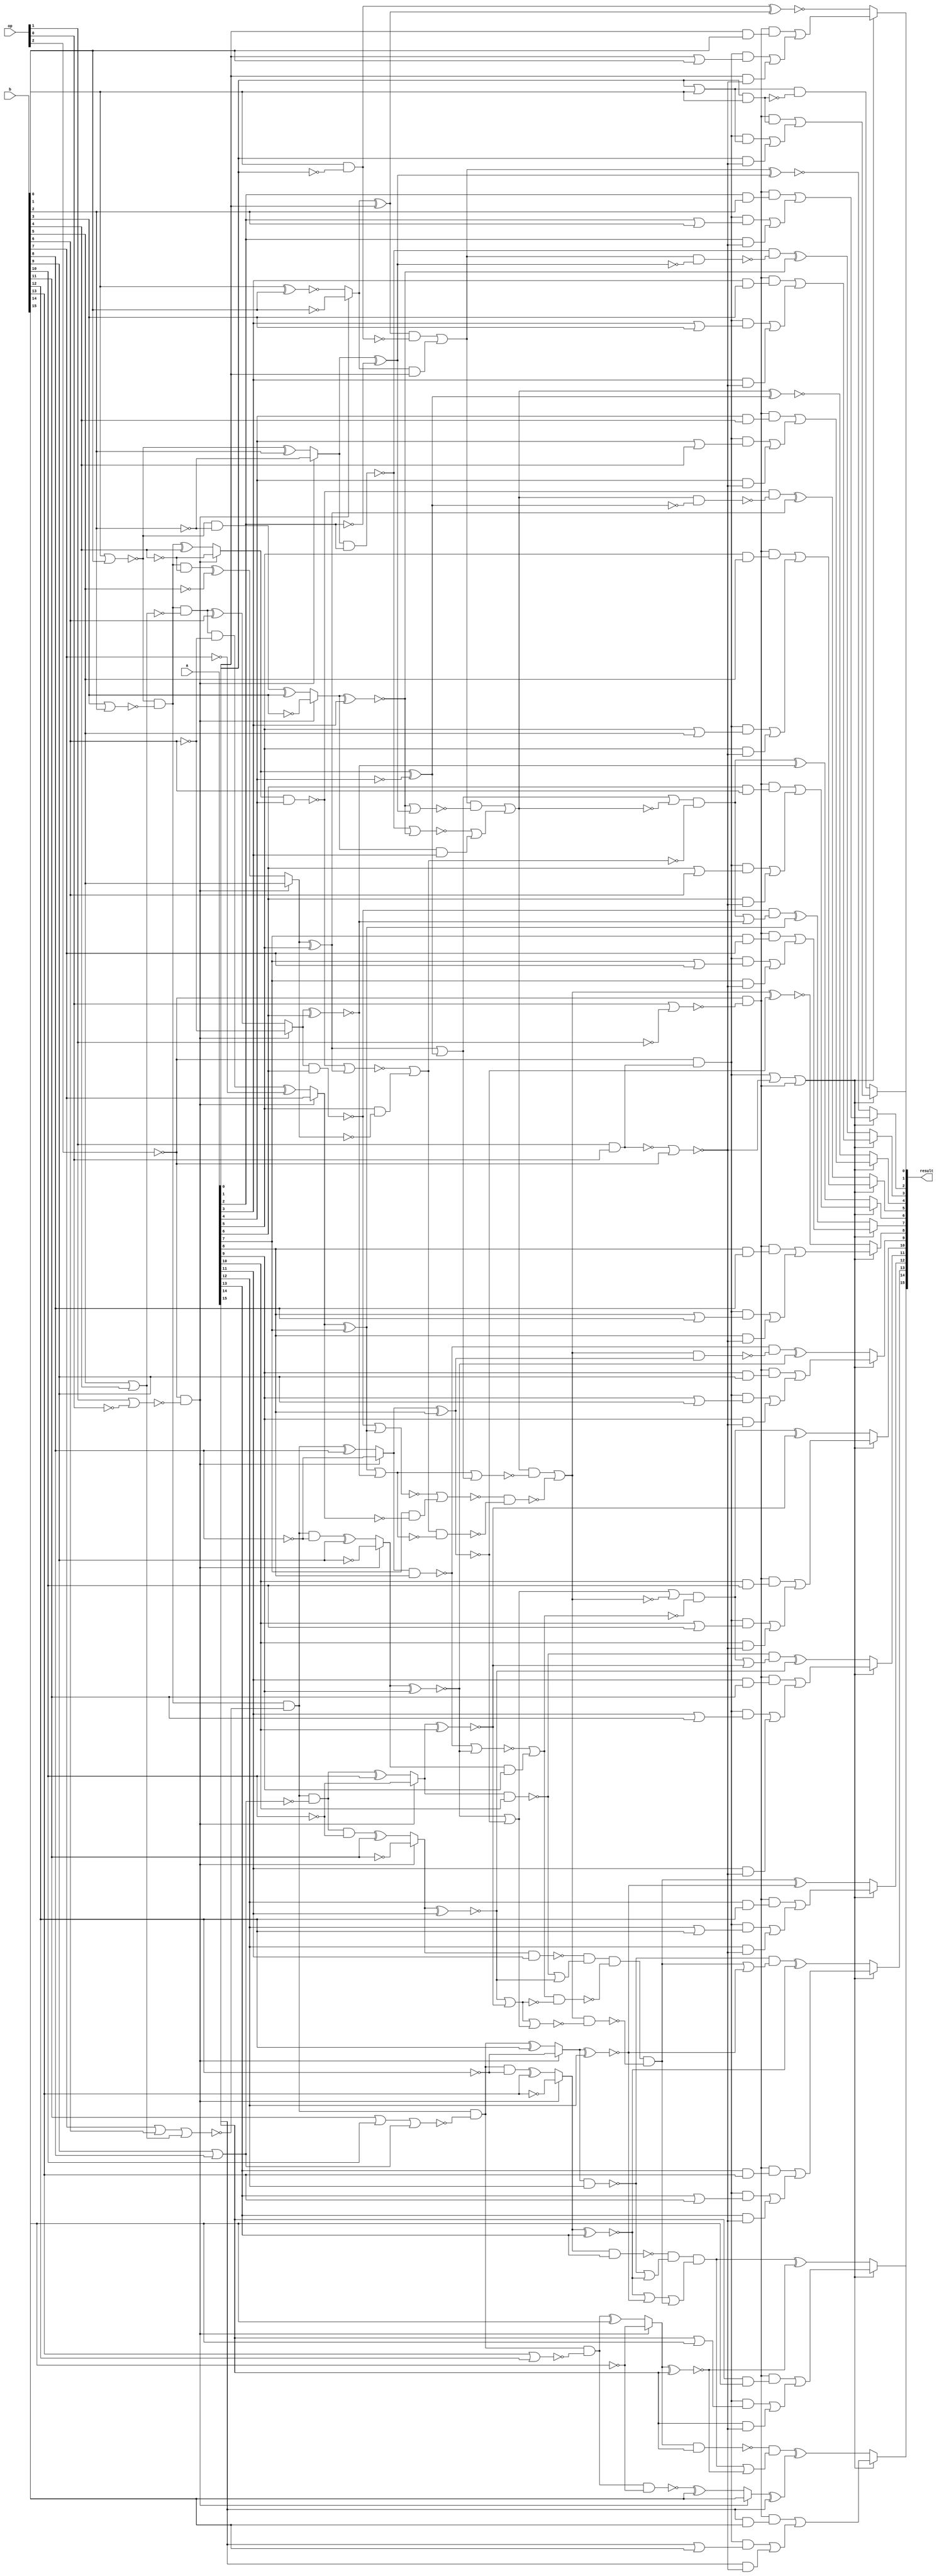
/* Generated by Yosys 0.9+4081 (git sha1 8cfed1a9, gcc 9.3.0-17ubuntu1~20.04 -fPIC -Os) */

(* src = "alu.v:1.1-13.10" *)
module alu(a, b, op, result);
  wire _000_;
  wire _001_;
  wire _002_;
  wire _003_;
  wire _004_;
  wire _005_;
  wire _006_;
  wire _007_;
  wire _008_;
  wire _009_;
  wire _010_;
  wire _011_;
  wire _012_;
  wire _013_;
  wire _014_;
  wire _015_;
  wire _016_;
  wire _017_;
  wire _018_;
  wire _019_;
  wire _020_;
  wire _021_;
  wire _022_;
  wire _023_;
  wire _024_;
  wire _025_;
  wire _026_;
  wire _027_;
  wire _028_;
  wire _029_;
  wire _030_;
  wire _031_;
  wire _032_;
  wire _033_;
  wire _034_;
  wire _035_;
  wire _036_;
  wire _037_;
  wire _038_;
  wire _039_;
  wire _040_;
  wire _041_;
  wire _042_;
  wire _043_;
  wire _044_;
  wire _045_;
  wire _046_;
  wire _047_;
  wire _048_;
  wire _049_;
  wire _050_;
  wire _051_;
  wire _052_;
  wire _053_;
  wire _054_;
  wire _055_;
  wire _056_;
  wire _057_;
  wire _058_;
  wire _059_;
  wire _060_;
  wire _061_;
  wire _062_;
  wire _063_;
  wire _064_;
  wire _065_;
  wire _066_;
  wire _067_;
  wire _068_;
  wire _069_;
  wire _070_;
  wire _071_;
  wire _072_;
  wire _073_;
  wire _074_;
  wire _075_;
  wire _076_;
  wire _077_;
  wire _078_;
  wire _079_;
  wire _080_;
  wire _081_;
  wire _082_;
  wire _083_;
  wire _084_;
  wire _085_;
  wire _086_;
  wire _087_;
  wire _088_;
  wire _089_;
  wire _090_;
  wire _091_;
  wire _092_;
  wire _093_;
  wire _094_;
  wire _095_;
  wire _096_;
  wire _097_;
  wire _098_;
  wire _099_;
  wire _100_;
  wire _101_;
  wire _102_;
  wire _103_;
  wire _104_;
  wire _105_;
  wire _106_;
  wire _107_;
  wire _108_;
  wire _109_;
  wire _110_;
  wire _111_;
  wire _112_;
  wire _113_;
  wire _114_;
  wire _115_;
  wire _116_;
  wire _117_;
  wire _118_;
  wire _119_;
  wire _120_;
  wire _121_;
  wire _122_;
  wire _123_;
  wire _124_;
  wire _125_;
  wire _126_;
  wire _127_;
  wire _128_;
  wire _129_;
  wire _130_;
  wire _131_;
  wire _132_;
  wire _133_;
  wire _134_;
  wire _135_;
  wire _136_;
  wire _137_;
  wire _138_;
  wire _139_;
  wire _140_;
  wire _141_;
  wire _142_;
  wire _143_;
  wire _144_;
  wire _145_;
  wire _146_;
  wire _147_;
  wire _148_;
  wire _149_;
  wire _150_;
  wire _151_;
  wire _152_;
  wire _153_;
  wire _154_;
  wire _155_;
  wire _156_;
  wire _157_;
  wire _158_;
  wire _159_;
  wire _160_;
  wire _161_;
  wire _162_;
  wire _163_;
  wire _164_;
  wire _165_;
  wire _166_;
  wire _167_;
  wire _168_;
  wire _169_;
  wire _170_;
  wire _171_;
  wire _172_;
  wire _173_;
  wire _174_;
  wire _175_;
  wire _176_;
  wire _177_;
  wire _178_;
  wire _179_;
  wire _180_;
  wire _181_;
  wire _182_;
  wire _183_;
  wire _184_;
  wire _185_;
  wire _186_;
  wire _187_;
  wire _188_;
  wire _189_;
  wire _190_;
  wire _191_;
  wire _192_;
  wire _193_;
  wire _194_;
  wire _195_;
  wire _196_;
  wire _197_;
  wire _198_;
  wire _199_;
  wire _200_;
  wire _201_;
  wire _202_;
  wire _203_;
  wire _204_;
  wire _205_;
  wire _206_;
  wire _207_;
  wire _208_;
  wire _209_;
  wire _210_;
  wire _211_;
  wire _212_;
  wire _213_;
  wire _214_;
  wire _215_;
  wire _216_;
  wire _217_;
  wire _218_;
  wire _219_;
  wire _220_;
  wire _221_;
  wire _222_;
  wire _223_;
  wire _224_;
  wire _225_;
  wire _226_;
  wire _227_;
  wire _228_;
  wire _229_;
  wire _230_;
  wire _231_;
  wire _232_;
  wire _233_;
  wire _234_;
  wire _235_;
  wire _236_;
  wire _237_;
  wire _238_;
  wire _239_;
  wire _240_;
  wire _241_;
  wire _242_;
  wire _243_;
  wire _244_;
  wire _245_;
  wire _246_;
  wire _247_;
  wire _248_;
  wire _249_;
  wire _250_;
  wire _251_;
  wire _252_;
  wire _253_;
  wire _254_;
  wire _255_;
  wire _256_;
  wire _257_;
  wire _258_;
  wire _259_;
  wire _260_;
  wire _261_;
  wire _262_;
  wire _263_;
  wire _264_;
  wire _265_;
  wire _266_;
  wire _267_;
  wire _268_;
  wire _269_;
  wire _270_;
  wire _271_;
  wire _272_;
  wire _273_;
  wire _274_;
  wire _275_;
  wire _276_;
  wire _277_;
  wire _278_;
  wire _279_;
  wire _280_;
  wire _281_;
  wire _282_;
  wire _283_;
  wire _284_;
  wire _285_;
  wire _286_;
  wire _287_;
  (* src = "alu.v:1.25-1.26" *)
  input [15:0] a;
  (* src = "alu.v:1.28-1.29" *)
  input [15:0] b;
  (* src = "alu.v:1.43-1.45" *)
  input [2:0] op;
  (* src = "alu.v:1.61-1.67" *)
  output [15:0] result;
  assign _242_ = a[0] | b[0];
  assign _243_ = a[0] & b[0];
  assign _244_ = _242_ & ~(_243_);
  assign _245_ = ~op[2];
  assign _246_ = op[0] | ~(op[1]);
  assign _247_ = _245_ & ~(_246_);
  assign _248_ = ~(op[1] & op[0]);
  assign _249_ = _248_ | _245_;
  assign _250_ = _245_ & ~(_248_);
  assign _251_ = _250_ | ~(_249_);
  assign _252_ = ~(_251_ | _247_);
  assign _253_ = a[0] & ~(_249_);
  assign _254_ = _250_ & _242_;
  assign _255_ = _254_ | _253_;
  assign _256_ = _247_ & _243_;
  assign _257_ = _256_ | _255_;
  assign result[0] = _252_ ? _244_ : _257_;
  assign _258_ = ~b[1];
  assign _259_ = op[1] | ~(op[0]);
  assign _260_ = _245_ & ~(_259_);
  assign _261_ = ~(b[0] ^ b[1]);
  assign _262_ = _260_ ? _258_ : _261_;
  assign _263_ = _262_ ^ a[1];
  assign _264_ = b[0] & ~(a[0]);
  assign _265_ = ~(_264_ ^ _263_);
  assign _266_ = a[1] & ~(_249_);
  assign _267_ = ~(a[1] | b[1]);
  assign _268_ = _250_ & ~(_267_);
  assign _269_ = _268_ | _266_;
  assign _270_ = ~(a[1] & b[1]);
  assign _271_ = _247_ & ~(_270_);
  assign _272_ = _271_ | _269_;
  assign result[1] = _252_ ? _265_ : _272_;
  assign _273_ = ~a[2];
  assign _274_ = ~b[2];
  assign _275_ = ~(b[0] | b[1]);
  assign _276_ = _275_ ^ b[2];
  assign _277_ = _260_ ? _274_ : _276_;
  assign _278_ = _277_ ^ _273_;
  assign _279_ = _262_ & a[1];
  assign _280_ = _263_ & ~(_264_);
  assign _281_ = _280_ | _279_;
  assign _282_ = ~(_281_ ^ _278_);
  assign _283_ = a[2] & ~(_249_);
  assign _284_ = ~(a[2] | b[2]);
  assign _285_ = _250_ & ~(_284_);
  assign _286_ = _285_ | _283_;
  assign _287_ = ~(a[2] & b[2]);
  assign _000_ = _247_ & ~(_287_);
  assign _001_ = _000_ | _286_;
  assign result[2] = _252_ ? _282_ : _001_;
  assign _002_ = ~b[3];
  assign _003_ = _275_ & ~(b[2]);
  assign _004_ = _003_ ^ b[3];
  assign _005_ = _260_ ? _002_ : _004_;
  assign _006_ = ~(_005_ ^ a[3]);
  assign _007_ = ~(_277_ & a[2]);
  assign _008_ = _281_ & ~(_278_);
  assign _009_ = _007_ & ~(_008_);
  assign _010_ = _009_ ^ _006_;
  assign _011_ = a[3] & ~(_249_);
  assign _012_ = ~(a[3] | b[3]);
  assign _013_ = _250_ & ~(_012_);
  assign _014_ = _013_ | _011_;
  assign _015_ = ~(a[3] & b[3]);
  assign _016_ = _247_ & ~(_015_);
  assign _017_ = _016_ | _014_;
  assign result[3] = _252_ ? _010_ : _017_;
  assign _018_ = ~a[4];
  assign _019_ = ~b[4];
  assign _020_ = b[3] | b[2];
  assign _021_ = _275_ & ~(_020_);
  assign _022_ = _021_ ^ b[4];
  assign _023_ = _260_ ? _019_ : _022_;
  assign _024_ = _023_ ^ _018_;
  assign _025_ = _005_ & a[3];
  assign _026_ = ~(_007_ | _006_);
  assign _027_ = _026_ | _025_;
  assign _028_ = _006_ | _278_;
  assign _029_ = _281_ & ~(_028_);
  assign _030_ = _029_ | _027_;
  assign _031_ = ~(_030_ ^ _024_);
  assign _032_ = a[4] & ~(_249_);
  assign _033_ = ~(a[4] | b[4]);
  assign _034_ = _250_ & ~(_033_);
  assign _035_ = _034_ | _032_;
  assign _036_ = ~(a[4] & b[4]);
  assign _037_ = _247_ & ~(_036_);
  assign _038_ = _037_ | _035_;
  assign result[4] = _252_ ? _031_ : _038_;
  assign _039_ = ~b[5];
  assign _040_ = _021_ & ~(b[4]);
  assign _041_ = _040_ ^ _039_;
  assign _042_ = _260_ ? b[5] : _041_;
  assign _043_ = _042_ ^ a[5];
  assign _044_ = ~(_023_ & a[4]);
  assign _045_ = _030_ & ~(_024_);
  assign _046_ = _044_ & ~(_045_);
  assign _047_ = _046_ ^ _043_;
  assign _048_ = a[5] & ~(_249_);
  assign _049_ = ~(a[5] | b[5]);
  assign _050_ = _250_ & ~(_049_);
  assign _051_ = _050_ | _048_;
  assign _052_ = ~(a[5] & b[5]);
  assign _053_ = _247_ & ~(_052_);
  assign _054_ = _053_ | _051_;
  assign result[5] = _252_ ? _047_ : _054_;
  assign _055_ = ~b[6];
  assign _056_ = b[5] | b[4];
  assign _057_ = _021_ & ~(_056_);
  assign _058_ = _057_ ^ b[6];
  assign _059_ = _260_ ? _055_ : _058_;
  assign _060_ = ~(_059_ ^ a[6]);
  assign _061_ = a[5] & ~(_042_);
  assign _062_ = ~(_044_ | _043_);
  assign _063_ = _062_ | _061_;
  assign _064_ = _043_ | _024_;
  assign _065_ = _064_ | ~(_030_);
  assign _066_ = _065_ & ~(_063_);
  assign _067_ = _066_ ^ _060_;
  assign _068_ = a[6] & ~(_249_);
  assign _069_ = ~(a[6] | b[6]);
  assign _070_ = _250_ & ~(_069_);
  assign _071_ = _070_ | _068_;
  assign _072_ = ~(a[6] & b[6]);
  assign _073_ = _247_ & ~(_072_);
  assign _074_ = _073_ | _071_;
  assign result[6] = _252_ ? _067_ : _074_;
  assign _075_ = ~b[7];
  assign _076_ = _057_ & ~(b[6]);
  assign _077_ = _076_ ^ _075_;
  assign _078_ = _260_ ? b[7] : _077_;
  assign _079_ = _078_ ^ a[7];
  assign _080_ = ~(_059_ & a[6]);
  assign _081_ = ~(_066_ | _060_);
  assign _082_ = _080_ & ~(_081_);
  assign _083_ = _082_ ^ _079_;
  assign _084_ = a[7] & ~(_249_);
  assign _085_ = ~(a[7] | b[7]);
  assign _086_ = _250_ & ~(_085_);
  assign _087_ = _086_ | _084_;
  assign _088_ = ~(a[7] & b[7]);
  assign _089_ = _247_ & ~(_088_);
  assign _090_ = _089_ | _087_;
  assign result[7] = _252_ ? _083_ : _090_;
  assign _091_ = ~b[8];
  assign _092_ = b[7] | b[6];
  assign _093_ = _092_ | _056_;
  assign _094_ = _021_ & ~(_093_);
  assign _095_ = _094_ ^ b[8];
  assign _096_ = _260_ ? _091_ : _095_;
  assign _097_ = ~(_096_ ^ a[8]);
  assign _098_ = a[7] & ~(_078_);
  assign _099_ = ~(_080_ | _079_);
  assign _100_ = ~(_099_ | _098_);
  assign _101_ = _079_ | _060_;
  assign _102_ = _063_ & ~(_101_);
  assign _103_ = _100_ & ~(_102_);
  assign _104_ = _101_ | _064_;
  assign _105_ = _030_ & ~(_104_);
  assign _106_ = _105_ | ~(_103_);
  assign _107_ = ~(_106_ ^ _097_);
  assign _108_ = a[8] & ~(_249_);
  assign _109_ = ~(a[8] | b[8]);
  assign _110_ = _250_ & ~(_109_);
  assign _111_ = _110_ | _108_;
  assign _112_ = ~(a[8] & b[8]);
  assign _113_ = _247_ & ~(_112_);
  assign _114_ = _113_ | _111_;
  assign result[8] = _252_ ? _107_ : _114_;
  assign _115_ = ~b[9];
  assign _116_ = _094_ & ~(b[8]);
  assign _117_ = _116_ ^ b[9];
  assign _118_ = _260_ ? _115_ : _117_;
  assign _119_ = ~(_118_ ^ a[9]);
  assign _120_ = ~(_096_ & a[8]);
  assign _121_ = _106_ & ~(_097_);
  assign _122_ = _120_ & ~(_121_);
  assign _123_ = _122_ ^ _119_;
  assign _124_ = a[9] & ~(_249_);
  assign _125_ = ~(a[9] | b[9]);
  assign _126_ = _250_ & ~(_125_);
  assign _127_ = _126_ | _124_;
  assign _128_ = ~(a[9] & b[9]);
  assign _129_ = _247_ & ~(_128_);
  assign _130_ = _129_ | _127_;
  assign result[9] = _252_ ? _123_ : _130_;
  assign _131_ = ~b[10];
  assign _132_ = b[9] | b[8];
  assign _133_ = _094_ & ~(_132_);
  assign _134_ = _133_ ^ b[10];
  assign _135_ = _260_ ? _131_ : _134_;
  assign _136_ = ~(_135_ ^ a[10]);
  assign _137_ = _118_ & a[9];
  assign _138_ = ~(_120_ | _119_);
  assign _139_ = _138_ | _137_;
  assign _140_ = _119_ | _097_;
  assign _141_ = _140_ | ~(_106_);
  assign _142_ = _141_ & ~(_139_);
  assign _143_ = _142_ ^ _136_;
  assign _144_ = a[10] & ~(_249_);
  assign _145_ = ~(a[10] | b[10]);
  assign _146_ = _250_ & ~(_145_);
  assign _147_ = _146_ | _144_;
  assign _148_ = ~(a[10] & b[10]);
  assign _149_ = _247_ & ~(_148_);
  assign _150_ = _149_ | _147_;
  assign result[10] = _252_ ? _143_ : _150_;
  assign _151_ = ~b[11];
  assign _152_ = _133_ & ~(b[10]);
  assign _153_ = _152_ ^ b[11];
  assign _154_ = _260_ ? _151_ : _153_;
  assign _155_ = ~(_154_ ^ a[11]);
  assign _156_ = ~(_135_ & a[10]);
  assign _157_ = ~(_142_ | _136_);
  assign _158_ = _156_ & ~(_157_);
  assign _159_ = _158_ ^ _155_;
  assign _160_ = a[11] & ~(_249_);
  assign _161_ = ~(a[11] | b[11]);
  assign _162_ = _250_ & ~(_161_);
  assign _163_ = _162_ | _160_;
  assign _164_ = ~(a[11] & b[11]);
  assign _165_ = _247_ & ~(_164_);
  assign _166_ = _165_ | _163_;
  assign result[11] = _252_ ? _159_ : _166_;
  assign _167_ = ~b[12];
  assign _168_ = b[11] | b[10];
  assign _169_ = _168_ | _132_;
  assign _170_ = _094_ & ~(_169_);
  assign _171_ = _170_ ^ b[12];
  assign _172_ = _260_ ? _167_ : _171_;
  assign _173_ = ~(_172_ ^ a[12]);
  assign _174_ = ~(_154_ & a[11]);
  assign _175_ = ~(_156_ | _155_);
  assign _176_ = _174_ & ~(_175_);
  assign _177_ = _155_ | _136_;
  assign _178_ = _139_ & ~(_177_);
  assign _179_ = _176_ & ~(_178_);
  assign _180_ = _177_ | _140_;
  assign _181_ = _106_ & ~(_180_);
  assign _182_ = _179_ & ~(_181_);
  assign _183_ = _182_ ^ _173_;
  assign _184_ = a[12] & ~(_249_);
  assign _185_ = ~(a[12] | b[12]);
  assign _186_ = _250_ & ~(_185_);
  assign _187_ = _186_ | _184_;
  assign _188_ = ~(a[12] & b[12]);
  assign _189_ = _247_ & ~(_188_);
  assign _190_ = _189_ | _187_;
  assign result[12] = _252_ ? _183_ : _190_;
  assign _191_ = ~b[13];
  assign _192_ = _170_ & ~(b[12]);
  assign _193_ = _192_ ^ b[13];
  assign _194_ = _260_ ? _191_ : _193_;
  assign _195_ = ~(_194_ ^ a[13]);
  assign _196_ = ~(_172_ & a[12]);
  assign _197_ = ~(_182_ | _173_);
  assign _198_ = _196_ & ~(_197_);
  assign _199_ = _198_ ^ _195_;
  assign _200_ = a[13] & ~(_249_);
  assign _201_ = ~(a[13] | b[13]);
  assign _202_ = _250_ & ~(_201_);
  assign _203_ = _202_ | _200_;
  assign _204_ = ~(a[13] & b[13]);
  assign _205_ = _247_ & ~(_204_);
  assign _206_ = _205_ | _203_;
  assign result[13] = _252_ ? _199_ : _206_;
  assign _207_ = ~b[14];
  assign _208_ = b[13] | b[12];
  assign _209_ = _170_ & ~(_208_);
  assign _210_ = _209_ ^ b[14];
  assign _211_ = _260_ ? _207_ : _210_;
  assign _212_ = ~(_211_ ^ a[14]);
  assign _213_ = ~(_194_ & a[13]);
  assign _214_ = ~(_196_ | _195_);
  assign _215_ = _213_ & ~(_214_);
  assign _216_ = _195_ | _173_;
  assign _217_ = ~(_216_ | _182_);
  assign _218_ = _215_ & ~(_217_);
  assign _219_ = _218_ ^ _212_;
  assign _220_ = a[14] & ~(_249_);
  assign _221_ = ~(a[14] | b[14]);
  assign _222_ = _250_ & ~(_221_);
  assign _223_ = _222_ | _220_;
  assign _224_ = ~(a[14] & b[14]);
  assign _225_ = _247_ & ~(_224_);
  assign _226_ = _225_ | _223_;
  assign result[14] = _252_ ? _219_ : _226_;
  assign _227_ = ~(_209_ & _207_);
  assign _228_ = _227_ ^ b[15];
  assign _229_ = _260_ ? b[15] : _228_;
  assign _230_ = _229_ ^ a[15];
  assign _231_ = ~(_211_ & a[14]);
  assign _232_ = ~(_218_ | _212_);
  assign _233_ = _231_ & ~(_232_);
  assign _234_ = _233_ ^ _230_;
  assign _235_ = a[15] & ~(_249_);
  assign _236_ = ~(a[15] | b[15]);
  assign _237_ = _250_ & ~(_236_);
  assign _238_ = _237_ | _235_;
  assign _239_ = ~(a[15] & b[15]);
  assign _240_ = _247_ & ~(_239_);
  assign _241_ = _240_ | _238_;
  assign result[15] = _252_ ? _234_ : _241_;
endmodule

(* src = "dec.v:1.1-8.10" *)
module dec(o, aradr, bradr, op, wadr, we, halt);
  (* src = "dec.v:1.47-1.52" *)
  output [1:0] aradr;
  (* src = "dec.v:1.54-1.59" *)
  output [1:0] bradr;
  (* src = "dec.v:1.120-1.124" *)
  output halt;
  (* src = "dec.v:1.25-1.26" *)
  input [10:0] o;
  (* src = "dec.v:1.80-1.82" *)
  output [2:0] op;
  (* src = "dec.v:1.103-1.107" *)
  output [1:0] wadr;
  (* src = "dec.v:1.116-1.118" *)
  output we;
  assign aradr = o[3:2];
  assign bradr = o[1:0];
  assign halt = o[10];
  assign op = o[6:4];
  assign wadr = o[8:7];
  assign we = o[9];
endmodule

(* src = "imem.v:1.1-41.10" *)
module imem(pc, o);
  wire _000_;
  wire _001_;
  wire _002_;
  wire _003_;
  wire _004_;
  wire _005_;
  wire _006_;
  wire _007_;
  wire _008_;
  wire _009_;
  wire _010_;
  wire _011_;
  wire _012_;
  wire _013_;
  wire _014_;
  wire _015_;
  wire _016_;
  wire _017_;
  wire _018_;
  wire _019_;
  wire _020_;
  wire _021_;
  wire _022_;
  wire _023_;
  wire _024_;
  wire _025_;
  wire _026_;
  wire _027_;
  wire _028_;
  wire _029_;
  wire _030_;
  wire _031_;
  wire _032_;
  wire _033_;
  wire _034_;
  wire _035_;
  wire _036_;
  wire _037_;
  wire _038_;
  wire _039_;
  wire _040_;
  wire _041_;
  wire _042_;
  wire _043_;
  wire _044_;
  wire _045_;
  wire _046_;
  wire _047_;
  wire _048_;
  wire _049_;
  wire _050_;
  wire _051_;
  wire _052_;
  wire _053_;
  wire _054_;
  wire _055_;
  wire _056_;
  wire _057_;
  wire _058_;
  wire _059_;
  wire _060_;
  wire _061_;
  wire _062_;
  wire _063_;
  wire _064_;
  wire _065_;
  wire _066_;
  wire _067_;
  wire _068_;
  wire _069_;
  wire _070_;
  wire _071_;
  wire _072_;
  wire _073_;
  wire _074_;
  wire _075_;
  wire _076_;
  wire _077_;
  wire _078_;
  wire _079_;
  wire _080_;
  wire _081_;
  wire _082_;
  wire _083_;
  wire _084_;
  wire _085_;
  wire _086_;
  wire _087_;
  wire _088_;
  wire _089_;
  wire _090_;
  wire _091_;
  (* src = "imem.v:1.43-1.44" *)
  output [10:0] o;
  (* src = "imem.v:1.25-1.27" *)
  input [5:0] pc;
  assign _005_ = ~(pc[1] & pc[0]);
  assign _006_ = ~(pc[2] & pc[3]);
  assign _007_ = ~(_006_ | _005_);
  assign _008_ = pc[4] & ~(pc[5]);
  assign _009_ = _008_ & _007_;
  assign _010_ = pc[1] | pc[0];
  assign _011_ = ~(_010_ | _006_);
  assign _012_ = _011_ & _008_;
  assign _013_ = _012_ | _009_;
  assign _014_ = pc[1] | ~(pc[0]);
  assign _015_ = pc[2] | ~(pc[3]);
  assign _016_ = ~(_015_ | _014_);
  assign _017_ = _016_ & _008_;
  assign _018_ = pc[0] | ~(pc[1]);
  assign _019_ = pc[3] | ~(pc[2]);
  assign _020_ = ~(_019_ | _018_);
  assign _021_ = _020_ & _008_;
  assign _022_ = _021_ | _017_;
  assign _023_ = _022_ | _013_;
  assign _024_ = pc[2] | pc[3];
  assign _025_ = ~(_024_ | _005_);
  assign _026_ = _025_ & _008_;
  assign _027_ = ~(_024_ | _010_);
  assign _028_ = _027_ & _008_;
  assign _029_ = _028_ | _026_;
  assign _030_ = _014_ | _006_;
  assign _031_ = ~(pc[5] | pc[4]);
  assign _032_ = _031_ & ~(_030_);
  assign _033_ = _018_ | _015_;
  assign _034_ = _031_ & ~(_033_);
  assign _035_ = _034_ | _032_;
  assign _036_ = _035_ | _029_;
  assign _037_ = _036_ | _023_;
  assign _038_ = _019_ | _005_;
  assign _039_ = _031_ & ~(_038_);
  assign _040_ = _019_ | _010_;
  assign _041_ = _031_ & ~(_040_);
  assign _042_ = _041_ | _039_;
  assign _043_ = _024_ | _014_;
  assign _044_ = _031_ & ~(_043_);
  assign _045_ = _044_ | _042_;
  assign _046_ = ~(_045_ | _037_);
  assign _047_ = pc[4] | ~(pc[5]);
  assign _048_ = _027_ & ~(_047_);
  assign _049_ = _046_ & ~(_048_);
  assign _050_ = _018_ | _006_;
  assign _051_ = _008_ & ~(_050_);
  assign _052_ = _015_ | _005_;
  assign _053_ = _008_ & ~(_052_);
  assign _054_ = _053_ | _051_;
  assign _055_ = _015_ | _010_;
  assign _056_ = _008_ & ~(_055_);
  assign _057_ = _019_ | _014_;
  assign _058_ = _008_ & ~(_057_);
  assign _059_ = _058_ | _056_;
  assign _060_ = _059_ | _054_;
  assign _061_ = _024_ | _018_;
  assign _062_ = _008_ & ~(_061_);
  assign _063_ = pc[5] | pc[4];
  assign _064_ = _007_ & ~(_063_);
  assign _065_ = _064_ | _062_;
  assign _066_ = _011_ & ~(_063_);
  assign _067_ = _016_ & ~(_063_);
  assign _068_ = _067_ | _066_;
  assign _069_ = _068_ | _065_;
  assign _070_ = _069_ | _060_;
  assign _071_ = _020_ & ~(_063_);
  assign _072_ = _025_ & ~(_063_);
  assign _073_ = _072_ | _071_;
  assign _074_ = _073_ | _070_;
  assign _075_ = _008_ & ~(_030_);
  assign _076_ = _008_ & ~(_033_);
  assign _077_ = _076_ | _075_;
  assign _078_ = _008_ & ~(_038_);
  assign _079_ = _008_ & ~(_040_);
  assign _080_ = _079_ | _078_;
  assign _081_ = _080_ | _077_;
  assign _082_ = _008_ & ~(_043_);
  assign _083_ = _031_ & ~(_050_);
  assign _084_ = _083_ | _082_;
  assign _085_ = _031_ & ~(_052_);
  assign _086_ = _031_ & ~(_055_);
  assign _087_ = _086_ | _085_;
  assign _088_ = _087_ | _084_;
  assign _089_ = _088_ | _081_;
  assign _090_ = _031_ & ~(_057_);
  assign _091_ = _031_ & ~(_061_);
  assign _000_ = _091_ | _090_;
  assign _001_ = _000_ | _089_;
  assign _002_ = _001_ | _074_;
  assign _003_ = _049_ & ~(_002_);
  assign o[8] = ~(_003_ | _046_);
  assign o[2] = _001_ & ~(_003_);
  assign o[7] = _074_ & ~(_003_);
  assign o[6] = _002_ & ~(_003_);
  assign _004_ = _046_ & ~(_002_);
  assign o[9] = ~(_004_ | _003_);
  assign o[10] = _048_ & ~(_003_);
  assign { o[5:3], o[1:0] } = { o[6], o[6], o[7], 1'h0, o[8] };
endmodule

(* src = "pc.v:1.1-7.10" *)
module pc(halt, pc, clk, rst);
  wire _00_;
  wire _01_;
  wire _02_;
  wire _03_;
  wire _04_;
  (* force_downto = 32'd1 *)
  (* src = "pc.v:5.20-5.26|/usr/local/bin/../share/yosys/techmap.v:270.23-270.24" *)
  wire [5:0] _05_;
  (* force_downto = 32'd1 *)
  (* src = "pc.v:5.20-5.26|/usr/local/bin/../share/yosys/techmap.v:270.26-270.27" *)
  wire [5:0] _06_;
  (* src = "pc.v:1.52-1.55" *)
  input clk;
  (* src = "pc.v:1.17-1.21" *)
  input halt;
  (* src = "pc.v:1.42-1.44" *)
  output [5:0] pc;
  reg [5:0] pc;
  (* src = "pc.v:1.57-1.60" *)
  input rst;
  assign _05_[0] = ~pc[0];
  assign _06_[1] = pc[1] ^ pc[0];
  assign _00_ = ~(pc[1] & pc[0]);
  assign _06_[2] = ~(_00_ ^ pc[2]);
  assign _01_ = pc[2] & ~(_00_);
  assign _06_[3] = _01_ ^ pc[3];
  assign _02_ = ~(pc[3] & pc[2]);
  assign _03_ = _02_ | _00_;
  assign _06_[4] = ~(_03_ ^ pc[4]);
  assign _04_ = pc[4] & ~(_03_);
  assign _06_[5] = _04_ ^ pc[5];
  (* src = "pc.v:2.2-6.6" *)
  always @(posedge clk, posedge rst)
    if (rst) pc[0] <= 1'h0;
    else if (!halt) pc[0] <= _05_[0];
  (* src = "pc.v:2.2-6.6" *)
  always @(posedge clk, posedge rst)
    if (rst) pc[1] <= 1'h0;
    else if (!halt) pc[1] <= _06_[1];
  (* src = "pc.v:2.2-6.6" *)
  always @(posedge clk, posedge rst)
    if (rst) pc[2] <= 1'h0;
    else if (!halt) pc[2] <= _06_[2];
  (* src = "pc.v:2.2-6.6" *)
  always @(posedge clk, posedge rst)
    if (rst) pc[3] <= 1'h0;
    else if (!halt) pc[3] <= _06_[3];
  (* src = "pc.v:2.2-6.6" *)
  always @(posedge clk, posedge rst)
    if (rst) pc[4] <= 1'h0;
    else if (!halt) pc[4] <= _06_[4];
  (* src = "pc.v:2.2-6.6" *)
  always @(posedge clk, posedge rst)
    if (rst) pc[5] <= 1'h0;
    else if (!halt) pc[5] <= _06_[5];
  assign _05_[5:1] = pc[5:1];
  assign _06_[0] = _05_[0];
endmodule

(* src = "rega.v:1.1-11.10" *)
module rega(arad, brad, outa, outb, en, wad, in, clk, rst);
  wire _000_;
  wire _001_;
  wire _002_;
  wire _003_;
  wire _004_;
  wire _005_;
  wire _006_;
  wire _007_;
  wire _008_;
  wire _009_;
  wire _010_;
  wire _011_;
  wire _012_;
  wire _013_;
  wire _014_;
  wire _015_;
  wire _016_;
  wire _017_;
  wire _018_;
  wire _019_;
  wire _020_;
  wire _021_;
  wire _022_;
  wire _023_;
  wire _024_;
  wire _025_;
  wire _026_;
  wire _027_;
  wire _028_;
  wire _029_;
  wire _030_;
  wire _031_;
  wire _032_;
  wire _033_;
  wire _034_;
  wire _035_;
  wire _036_;
  wire _037_;
  wire _038_;
  wire _039_;
  wire _040_;
  wire _041_;
  wire _042_;
  wire _043_;
  wire _044_;
  wire _045_;
  wire _046_;
  wire _047_;
  wire _048_;
  wire _049_;
  wire _050_;
  wire _051_;
  wire _052_;
  wire _053_;
  wire _054_;
  wire _055_;
  wire _056_;
  wire _057_;
  wire _058_;
  wire _059_;
  wire _060_;
  wire _061_;
  wire _062_;
  wire _063_;
  wire _064_;
  wire _065_;
  wire _066_;
  wire _067_;
  wire _068_;
  wire _069_;
  wire _070_;
  wire _071_;
  wire _072_;
  wire _073_;
  wire _074_;
  wire _075_;
  wire _076_;
  wire _077_;
  wire _078_;
  wire _079_;
  wire _080_;
  wire _081_;
  wire _082_;
  wire _083_;
  wire _084_;
  wire _085_;
  wire _086_;
  wire _087_;
  wire _088_;
  wire _089_;
  wire _090_;
  wire _091_;
  wire _092_;
  wire _093_;
  wire _094_;
  wire _095_;
  wire _096_;
  wire _097_;
  (* src = "rega.v:1.31-1.35" *)
  input [1:0] arad;
  (* src = "rega.v:1.37-1.41" *)
  input [1:0] brad;
  (* src = "rega.v:1.136-1.139" *)
  input clk;
  (* src = "rega.v:1.80-1.82" *)
  input en;
  (* src = "rega.v:1.126-1.128" *)
  input [15:0] in;
  (* src = "rega.v:1.62-1.66" *)
  output [15:0] outa;
  (* src = "rega.v:1.68-1.72" *)
  output [15:0] outb;
  reg [15:0] \regar[0] ;
  reg [15:0] \regar[1] ;
  reg [15:0] \regar[2] ;
  reg [15:0] \regar[3] ;
  (* src = "rega.v:1.141-1.144" *)
  input rst;
  (* src = "rega.v:1.102-1.105" *)
  input [1:0] wad;
  assign _021_ = brad[0] ? \regar[1] [0] : \regar[0] [0];
  assign _022_ = brad[0] ? \regar[3] [0] : \regar[2] [0];
  assign outb[0] = brad[1] ? _022_ : _021_;
  assign _023_ = brad[0] ? \regar[1] [1] : \regar[0] [1];
  assign _024_ = brad[0] ? \regar[3] [1] : \regar[2] [1];
  assign outb[1] = brad[1] ? _024_ : _023_;
  assign _025_ = brad[0] ? \regar[1] [2] : \regar[0] [2];
  assign _026_ = brad[0] ? \regar[3] [2] : \regar[2] [2];
  assign outb[2] = brad[1] ? _026_ : _025_;
  assign _027_ = brad[0] ? \regar[1] [3] : \regar[0] [3];
  assign _028_ = brad[0] ? \regar[3] [3] : \regar[2] [3];
  assign outb[3] = brad[1] ? _028_ : _027_;
  assign _029_ = brad[0] ? \regar[1] [4] : \regar[0] [4];
  assign _030_ = brad[0] ? \regar[3] [4] : \regar[2] [4];
  assign outb[4] = brad[1] ? _030_ : _029_;
  assign _031_ = brad[0] ? \regar[1] [5] : \regar[0] [5];
  assign _032_ = brad[0] ? \regar[3] [5] : \regar[2] [5];
  assign outb[5] = brad[1] ? _032_ : _031_;
  assign _033_ = brad[0] ? \regar[1] [6] : \regar[0] [6];
  assign _034_ = brad[0] ? \regar[3] [6] : \regar[2] [6];
  assign outb[6] = brad[1] ? _034_ : _033_;
  assign _035_ = brad[0] ? \regar[1] [7] : \regar[0] [7];
  assign _036_ = brad[0] ? \regar[3] [7] : \regar[2] [7];
  assign outb[7] = brad[1] ? _036_ : _035_;
  assign _037_ = brad[0] ? \regar[1] [8] : \regar[0] [8];
  assign _038_ = brad[0] ? \regar[3] [8] : \regar[2] [8];
  assign outb[8] = brad[1] ? _038_ : _037_;
  assign _039_ = brad[0] ? \regar[1] [9] : \regar[0] [9];
  assign _040_ = brad[0] ? \regar[3] [9] : \regar[2] [9];
  assign outb[9] = brad[1] ? _040_ : _039_;
  assign _041_ = brad[0] ? \regar[1] [10] : \regar[0] [10];
  assign _042_ = brad[0] ? \regar[3] [10] : \regar[2] [10];
  assign outb[10] = brad[1] ? _042_ : _041_;
  assign _043_ = brad[0] ? \regar[1] [11] : \regar[0] [11];
  assign _044_ = brad[0] ? \regar[3] [11] : \regar[2] [11];
  assign outb[11] = brad[1] ? _044_ : _043_;
  assign _045_ = brad[0] ? \regar[1] [12] : \regar[0] [12];
  assign _046_ = brad[0] ? \regar[3] [12] : \regar[2] [12];
  assign outb[12] = brad[1] ? _046_ : _045_;
  assign _047_ = brad[0] ? \regar[1] [13] : \regar[0] [13];
  assign _048_ = brad[0] ? \regar[3] [13] : \regar[2] [13];
  assign outb[13] = brad[1] ? _048_ : _047_;
  assign _049_ = brad[0] ? \regar[1] [14] : \regar[0] [14];
  assign _050_ = brad[0] ? \regar[3] [14] : \regar[2] [14];
  assign outb[14] = brad[1] ? _050_ : _049_;
  assign _051_ = brad[0] ? \regar[1] [15] : \regar[0] [15];
  assign _052_ = brad[0] ? \regar[3] [15] : \regar[2] [15];
  assign outb[15] = brad[1] ? _052_ : _051_;
  assign _053_ = rst | ~(en);
  assign _001_ = in[0] & ~(_053_);
  assign _008_ = in[1] & ~(_053_);
  assign _009_ = in[2] & ~(_053_);
  assign _010_ = in[3] & ~(_053_);
  assign _011_ = in[4] & ~(_053_);
  assign _012_ = in[5] & ~(_053_);
  assign _013_ = in[6] & ~(_053_);
  assign _014_ = in[7] & ~(_053_);
  assign _015_ = in[8] & ~(_053_);
  assign _016_ = in[9] & ~(_053_);
  assign _002_ = in[10] & ~(_053_);
  assign _003_ = in[11] & ~(_053_);
  assign _004_ = in[12] & ~(_053_);
  assign _005_ = in[13] & ~(_053_);
  assign _006_ = in[14] & ~(_053_);
  assign _007_ = in[15] & ~(_053_);
  assign _054_ = arad[0] ? \regar[1] [0] : \regar[0] [0];
  assign _055_ = arad[0] ? \regar[3] [0] : \regar[2] [0];
  assign outa[0] = arad[1] ? _055_ : _054_;
  assign _056_ = arad[0] ? \regar[1] [1] : \regar[0] [1];
  assign _057_ = arad[0] ? \regar[3] [1] : \regar[2] [1];
  assign outa[1] = arad[1] ? _057_ : _056_;
  assign _058_ = arad[0] ? \regar[1] [2] : \regar[0] [2];
  assign _059_ = arad[0] ? \regar[3] [2] : \regar[2] [2];
  assign outa[2] = arad[1] ? _059_ : _058_;
  assign _060_ = arad[0] ? \regar[1] [3] : \regar[0] [3];
  assign _061_ = arad[0] ? \regar[3] [3] : \regar[2] [3];
  assign outa[3] = arad[1] ? _061_ : _060_;
  assign _062_ = arad[0] ? \regar[1] [4] : \regar[0] [4];
  assign _063_ = arad[0] ? \regar[3] [4] : \regar[2] [4];
  assign outa[4] = arad[1] ? _063_ : _062_;
  assign _064_ = arad[0] ? \regar[1] [5] : \regar[0] [5];
  assign _065_ = arad[0] ? \regar[3] [5] : \regar[2] [5];
  assign outa[5] = arad[1] ? _065_ : _064_;
  assign _066_ = arad[0] ? \regar[1] [6] : \regar[0] [6];
  assign _067_ = arad[0] ? \regar[3] [6] : \regar[2] [6];
  assign outa[6] = arad[1] ? _067_ : _066_;
  assign _068_ = arad[0] ? \regar[1] [7] : \regar[0] [7];
  assign _069_ = arad[0] ? \regar[3] [7] : \regar[2] [7];
  assign outa[7] = arad[1] ? _069_ : _068_;
  assign _070_ = arad[0] ? \regar[1] [8] : \regar[0] [8];
  assign _071_ = arad[0] ? \regar[3] [8] : \regar[2] [8];
  assign outa[8] = arad[1] ? _071_ : _070_;
  assign _072_ = arad[0] ? \regar[1] [9] : \regar[0] [9];
  assign _073_ = arad[0] ? \regar[3] [9] : \regar[2] [9];
  assign outa[9] = arad[1] ? _073_ : _072_;
  assign _074_ = arad[0] ? \regar[1] [10] : \regar[0] [10];
  assign _075_ = arad[0] ? \regar[3] [10] : \regar[2] [10];
  assign outa[10] = arad[1] ? _075_ : _074_;
  assign _076_ = arad[0] ? \regar[1] [11] : \regar[0] [11];
  assign _077_ = arad[0] ? \regar[3] [11] : \regar[2] [11];
  assign outa[11] = arad[1] ? _077_ : _076_;
  assign _078_ = arad[0] ? \regar[1] [12] : \regar[0] [12];
  assign _079_ = arad[0] ? \regar[3] [12] : \regar[2] [12];
  assign outa[12] = arad[1] ? _079_ : _078_;
  assign _080_ = arad[0] ? \regar[1] [13] : \regar[0] [13];
  assign _081_ = arad[0] ? \regar[3] [13] : \regar[2] [13];
  assign outa[13] = arad[1] ? _081_ : _080_;
  assign _082_ = arad[0] ? \regar[1] [14] : \regar[0] [14];
  assign _083_ = arad[0] ? \regar[3] [14] : \regar[2] [14];
  assign outa[14] = arad[1] ? _083_ : _082_;
  assign _084_ = arad[0] ? \regar[1] [15] : \regar[0] [15];
  assign _085_ = arad[0] ? \regar[3] [15] : \regar[2] [15];
  assign outa[15] = arad[1] ? _085_ : _084_;
  assign _086_ = wad[0] & ~(_053_);
  assign _087_ = wad[1] & ~(_053_);
  assign _088_ = _087_ | _086_;
  assign _089_ = rst | en;
  assign _017_ = _089_ & ~(_088_);
  assign _090_ = en & ~(rst);
  assign _091_ = ~(_090_ & wad[0]);
  assign _092_ = _087_ | _091_;
  assign _018_ = _089_ & ~(_092_);
  assign _093_ = wad[1] | ~(wad[0]);
  assign _094_ = _090_ & ~(_093_);
  assign _000_ = rst & ~(_094_);
  assign _095_ = ~(_090_ & wad[1]);
  assign _096_ = _095_ | _086_;
  assign _019_ = _089_ & ~(_096_);
  assign _097_ = _095_ | _091_;
  assign _020_ = _089_ & ~(_097_);
  always @(posedge clk)
    if (_017_) \regar[0] [0] <= _001_;
  always @(posedge clk)
    if (_017_) \regar[0] [1] <= _008_;
  always @(posedge clk)
    if (_017_) \regar[0] [2] <= _009_;
  always @(posedge clk)
    if (_017_) \regar[0] [3] <= _010_;
  always @(posedge clk)
    if (_017_) \regar[0] [4] <= _011_;
  always @(posedge clk)
    if (_017_) \regar[0] [5] <= _012_;
  always @(posedge clk)
    if (_017_) \regar[0] [6] <= _013_;
  always @(posedge clk)
    if (_017_) \regar[0] [7] <= _014_;
  always @(posedge clk)
    if (_017_) \regar[0] [8] <= _015_;
  always @(posedge clk)
    if (_017_) \regar[0] [9] <= _016_;
  always @(posedge clk)
    if (_017_) \regar[0] [10] <= _002_;
  always @(posedge clk)
    if (_017_) \regar[0] [11] <= _003_;
  always @(posedge clk)
    if (_017_) \regar[0] [12] <= _004_;
  always @(posedge clk)
    if (_017_) \regar[0] [13] <= _005_;
  always @(posedge clk)
    if (_017_) \regar[0] [14] <= _006_;
  always @(posedge clk)
    if (_017_) \regar[0] [15] <= _007_;
  always @(posedge clk)
    if (_019_) \regar[2] [0] <= _001_;
  always @(posedge clk)
    if (_019_) \regar[2] [1] <= _008_;
  always @(posedge clk)
    if (_019_) \regar[2] [2] <= _009_;
  always @(posedge clk)
    if (_019_) \regar[2] [3] <= _010_;
  always @(posedge clk)
    if (_019_) \regar[2] [4] <= _011_;
  always @(posedge clk)
    if (_019_) \regar[2] [5] <= _012_;
  always @(posedge clk)
    if (_019_) \regar[2] [6] <= _013_;
  always @(posedge clk)
    if (_019_) \regar[2] [7] <= _014_;
  always @(posedge clk)
    if (_019_) \regar[2] [8] <= _015_;
  always @(posedge clk)
    if (_019_) \regar[2] [9] <= _016_;
  always @(posedge clk)
    if (_019_) \regar[2] [10] <= _002_;
  always @(posedge clk)
    if (_019_) \regar[2] [11] <= _003_;
  always @(posedge clk)
    if (_019_) \regar[2] [12] <= _004_;
  always @(posedge clk)
    if (_019_) \regar[2] [13] <= _005_;
  always @(posedge clk)
    if (_019_) \regar[2] [14] <= _006_;
  always @(posedge clk)
    if (_019_) \regar[2] [15] <= _007_;
  always @(posedge clk)
    if (_020_) \regar[3] [0] <= _001_;
  always @(posedge clk)
    if (_020_) \regar[3] [1] <= _008_;
  always @(posedge clk)
    if (_020_) \regar[3] [2] <= _009_;
  always @(posedge clk)
    if (_020_) \regar[3] [3] <= _010_;
  always @(posedge clk)
    if (_020_) \regar[3] [4] <= _011_;
  always @(posedge clk)
    if (_020_) \regar[3] [5] <= _012_;
  always @(posedge clk)
    if (_020_) \regar[3] [6] <= _013_;
  always @(posedge clk)
    if (_020_) \regar[3] [7] <= _014_;
  always @(posedge clk)
    if (_020_) \regar[3] [8] <= _015_;
  always @(posedge clk)
    if (_020_) \regar[3] [9] <= _016_;
  always @(posedge clk)
    if (_020_) \regar[3] [10] <= _002_;
  always @(posedge clk)
    if (_020_) \regar[3] [11] <= _003_;
  always @(posedge clk)
    if (_020_) \regar[3] [12] <= _004_;
  always @(posedge clk)
    if (_020_) \regar[3] [13] <= _005_;
  always @(posedge clk)
    if (_020_) \regar[3] [14] <= _006_;
  always @(posedge clk)
    if (_020_) \regar[3] [15] <= _007_;
  always @(posedge clk)
    if (_000_) \regar[1] [0] <= 1'h1;
    else if (_018_) \regar[1] [0] <= _001_;
  always @(posedge clk)
    if (_000_) \regar[1] [1] <= 1'h0;
    else if (_018_) \regar[1] [1] <= _008_;
  always @(posedge clk)
    if (_000_) \regar[1] [2] <= 1'h0;
    else if (_018_) \regar[1] [2] <= _009_;
  always @(posedge clk)
    if (_000_) \regar[1] [3] <= 1'h0;
    else if (_018_) \regar[1] [3] <= _010_;
  always @(posedge clk)
    if (_000_) \regar[1] [4] <= 1'h0;
    else if (_018_) \regar[1] [4] <= _011_;
  always @(posedge clk)
    if (_000_) \regar[1] [5] <= 1'h0;
    else if (_018_) \regar[1] [5] <= _012_;
  always @(posedge clk)
    if (_000_) \regar[1] [6] <= 1'h0;
    else if (_018_) \regar[1] [6] <= _013_;
  always @(posedge clk)
    if (_000_) \regar[1] [7] <= 1'h0;
    else if (_018_) \regar[1] [7] <= _014_;
  always @(posedge clk)
    if (_000_) \regar[1] [8] <= 1'h0;
    else if (_018_) \regar[1] [8] <= _015_;
  always @(posedge clk)
    if (_000_) \regar[1] [9] <= 1'h0;
    else if (_018_) \regar[1] [9] <= _016_;
  always @(posedge clk)
    if (_000_) \regar[1] [10] <= 1'h0;
    else if (_018_) \regar[1] [10] <= _002_;
  always @(posedge clk)
    if (_000_) \regar[1] [11] <= 1'h0;
    else if (_018_) \regar[1] [11] <= _003_;
  always @(posedge clk)
    if (_000_) \regar[1] [12] <= 1'h0;
    else if (_018_) \regar[1] [12] <= _004_;
  always @(posedge clk)
    if (_000_) \regar[1] [13] <= 1'h0;
    else if (_018_) \regar[1] [13] <= _005_;
  always @(posedge clk)
    if (_000_) \regar[1] [14] <= 1'h0;
    else if (_018_) \regar[1] [14] <= _006_;
  always @(posedge clk)
    if (_000_) \regar[1] [15] <= 1'h0;
    else if (_018_) \regar[1] [15] <= _007_;
endmodule

(* top =  1  *)
(* src = "top.v:1.1-12.10" *)
module top(we, wd, clk, rst);
  (* src = "top.v:2.15-2.16" *)
  wire [15:0] a;
  (* src = "top.v:3.14-3.18" *)
  wire [1:0] arad;
  (* src = "top.v:2.18-2.19" *)
  wire [15:0] b;
  (* src = "top.v:3.20-3.24" *)
  wire [1:0] brad;
  (* src = "top.v:1.53-1.56" *)
  input clk;
  (* src = "top.v:9.8-9.12" *)
  wire halt;
  (* src = "top.v:6.15-6.16" *)
  wire [10:0] o;
  (* src = "top.v:4.14-4.16" *)
  wire [2:0] op;
  (* src = "top.v:5.14-5.17" *)
  wire [5:0] pca;
  (* src = "top.v:1.58-1.61" *)
  input rst;
  (* src = "top.v:3.26-3.29" *)
  wire [1:0] wad;
  (* src = "top.v:1.43-1.45" *)
  output [15:0] wd;
  (* src = "top.v:1.19-1.21" *)
  output we;
  (* module_not_derived = 32'd1 *)
  (* src = "top.v:8.6-8.23" *)
  alu alu (
    .a(a),
    .b(b),
    .op(op),
    .result(wd)
  );
  (* module_not_derived = 32'd1 *)
  (* src = "top.v:11.6-11.42" *)
  dec dec (
    .aradr(arad),
    .bradr(brad),
    .halt(halt),
    .o(o),
    .op(op),
    .wadr(wad),
    .we(we)
  );
  (* module_not_derived = 32'd1 *)
  (* src = "top.v:10.7-10.19" *)
  imem imem (
    .o(o),
    .pc(pca)
  );
  (* module_not_derived = 32'd1 *)
  (* src = "top.v:9.5-9.28" *)
  pc pc (
    .clk(clk),
    .halt(halt),
    .pc(pca),
    .rst(rst)
  );
  (* module_not_derived = 32'd1 *)
  (* src = "top.v:7.7-7.52" *)
  rega rega (
    .arad(arad),
    .brad(brad),
    .clk(clk),
    .en(we),
    .in(wd),
    .outa(a),
    .outb(b),
    .rst(rst),
    .wad(wad)
  );
endmodule